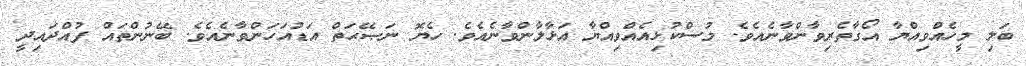
ބަލި މީހެއްވިއްޔާ އޯގާތެރިވާންވާނެއެވެ. މުސްކުޅިއެއްވިއްޔާ އަޅާލާންވާނެއެވެ. ހެޔޮ ނަޞޭޙަތް އަޑުއަހަންވާނެއެވެ. ބޭނުންތައް ފުއްދައިދީ